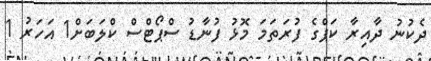
ދެކުނު ދާއިރާ ކަޕްގެ ފުރަތަމަ މޮޅު ފުނާޑު ސްޕޯޓްސް ކްލަބަށް1 އަހަރު 1